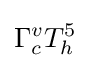
\Gamma _{c}^{v}T_{h}^{5}